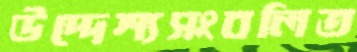
উদ্দেশ্যসংবলিত